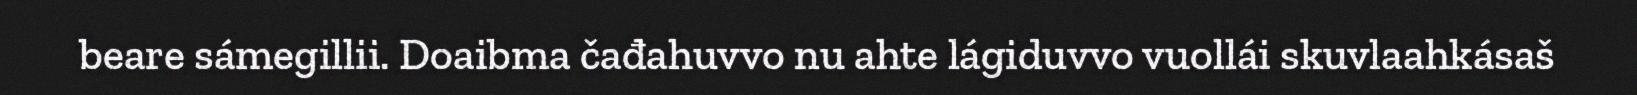
beare sámegillii. Doaibma čađahuvvo nu ahte lágiduvvo vuollái skuvlaahkásaš